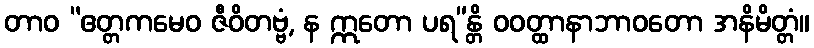
တာဝ “ဧတ္တကမေဝ ဇီဝိတဗ္ဗံ, န ဣတော ပရ”န္တိ ဝဝတ္ထာနာဘာဝတော အနိမိတ္တံ။